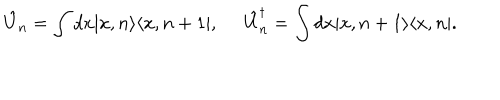
\hat { U } _ { n } = \int d x | x , n \rangle \langle x , n + 1 | , \; \; \hat { U } _ { n } ^ { \dagger } = \int d x | x , n + 1 \rangle \langle x , n | .